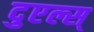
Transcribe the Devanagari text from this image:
दुएल्स्